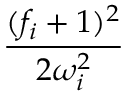
\frac { ( f _ { i } + 1 ) ^ { 2 } } { 2 \omega _ { i } ^ { 2 } }